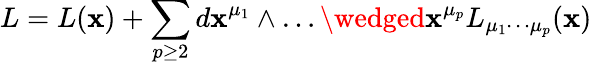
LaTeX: L=L(\mathbf{x})+\sum_{p\ge2}d\mathbf{x}^{\mu_{1}}\wedge\ldots\wedged\mathbf{x}^{\mu_{p}}L_{\mu_{1}\cdots\mu_{p}}(\mathbf{x})